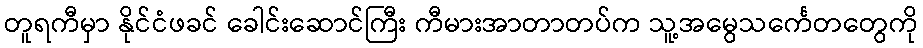
တူရကီမှာ နိုင်ငံဖခင် ခေါင်းဆောင်ကြီး ကီမားအာတာတပ်က သူ့အမွေသင်္ကေတတွေကို